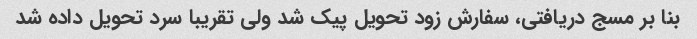
بنا بر مسج دریافتی، سفارش زود تحویل پیک شد ولی تقریبا سرد تحویل داده شد